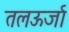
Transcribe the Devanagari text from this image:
तलऊर्जा